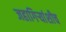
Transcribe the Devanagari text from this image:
जहागिर्‍यांशीच